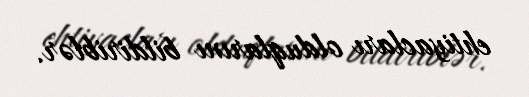
ehtiyacları olduqlarını bildiriblər.